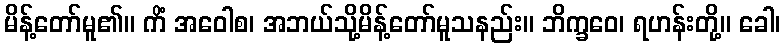
မိန့်တော်မူ၏။ ကိံ အဝေါစ၊ အဘယ်သို့မိန့်တော်မူသနည်း။ ဘိက္ခဝေ၊ ရဟန်းတို့။ ခေါ၊